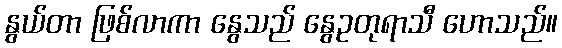
နွယ်တာ ဖြစ်လာကာ နွေသည် နွေဥတုရာသီ ဟောသည်။